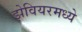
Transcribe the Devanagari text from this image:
झेवियरमध्ये